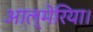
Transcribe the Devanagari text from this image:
आल्मेरिया।